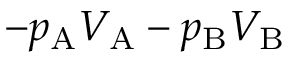
- p _ { \mathrm { { A } } } V _ { \mathrm { { A } } } - p _ { \mathrm { { B } } } V _ { \mathrm { { B } } }